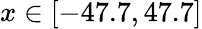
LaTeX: x\in[-47.7,47.7]